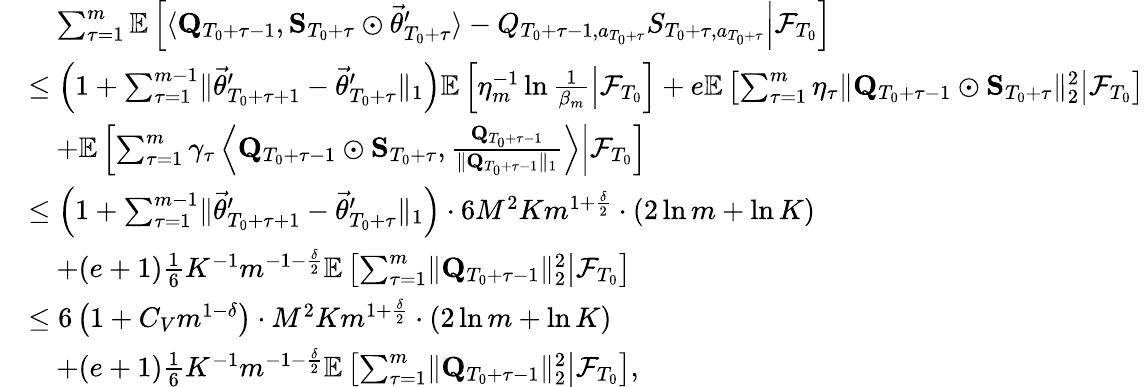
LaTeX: \begin{array}{rl}&{\quad\sum_{\tau=1}^{m}\mathbb E\left[\left.\langle\mathbf Q_{T_{0}+\tau-1},\mathbf S_{T_{0}+\tau}\odot\vec{\theta}_{T_{0}+\tau}^{\prime}\rangle-Q_{T_{0}+\tau-1,a_{T_{0}+\tau}}S_{T_{0}+\tau,a_{T_{0}+\tau}}\right\rvert\mathcal F_{T_{0}}\right]}\\ &{\le\left(1+\sum_{\tau=1}^{m-1}\lVert\vec{\theta}_{T_{0}+\tau+1}^{\prime}-\vec{\theta}_{T_{0}+\tau}^{\prime}\rVert_{1}\right)\mathbb E\left[\left.\eta_{m}^{-1}\ln\frac 1{\beta_{m}}\right\rvert\mathcal F_{T_{0}}\right]+e\mathbb E\left[\left.\sum_{\tau=1}^{m}\eta_{\tau}\lVert\mathbf Q_{T_{0}+\tau-1}\odot\mathbf S_{T_{0}+\tau}\rVert_{2}^{2}\right\rvert\mathcal F_{T_{0}}\right]}\\ &{\quad+\mathbb E\left[\left.\sum_{\tau=1}^{m}\gamma_{\tau}\left\langle\mathbf Q_{T_{0}+\tau-1}\odot\mathbf S_{T_{0}+\tau},\frac{\mathbf Q_{T_{0}+\tau-1}}{\lVert\mathbf Q_{T_{0}+\tau-1}\rVert_{1}}\right\rangle\right\vert\mathcal F_{T_{0}}\right]}\\ &{\le\left(1+\sum_{\tau=1}^{m-1}\lVert\vec{\theta}_{T_{0}+\tau+1}^{\prime}-\vec{\theta}_{T_{0}+\tau}^{\prime}\rVert_{1}\right)\cdot 6M^{2}Km^{1+\frac\delta 2}\cdot\left(2\ln m+\ln K\right)}\\ &{\quad+(e+1)\frac 16K^{-1}m^{-1-\frac\delta 2}\mathbb E\left[\left.\sum_{\tau=1}^{m}\lVert\mathbf Q_{T_{0}+\tau-1}\rVert_{2}^{2}\right\rvert\mathcal F_{T_{0}}\right]}\\ &{\le 6\left(1+C_{V}m^{1-\delta}\right)\cdot M^{2}Km^{1+\frac\delta 2}\cdot\left(2\ln m+\ln K\right)}\\ &{\quad+(e+1)\frac 16K^{-1}m^{-1-\frac\delta 2}\mathbb E\left[\left.\sum_{\tau=1}^{m}\lVert\mathbf Q_{T_{0}+\tau-1}\rVert_{2}^{2}\right\rvert\mathcal F_{T_{0}}\right],}\end{array}